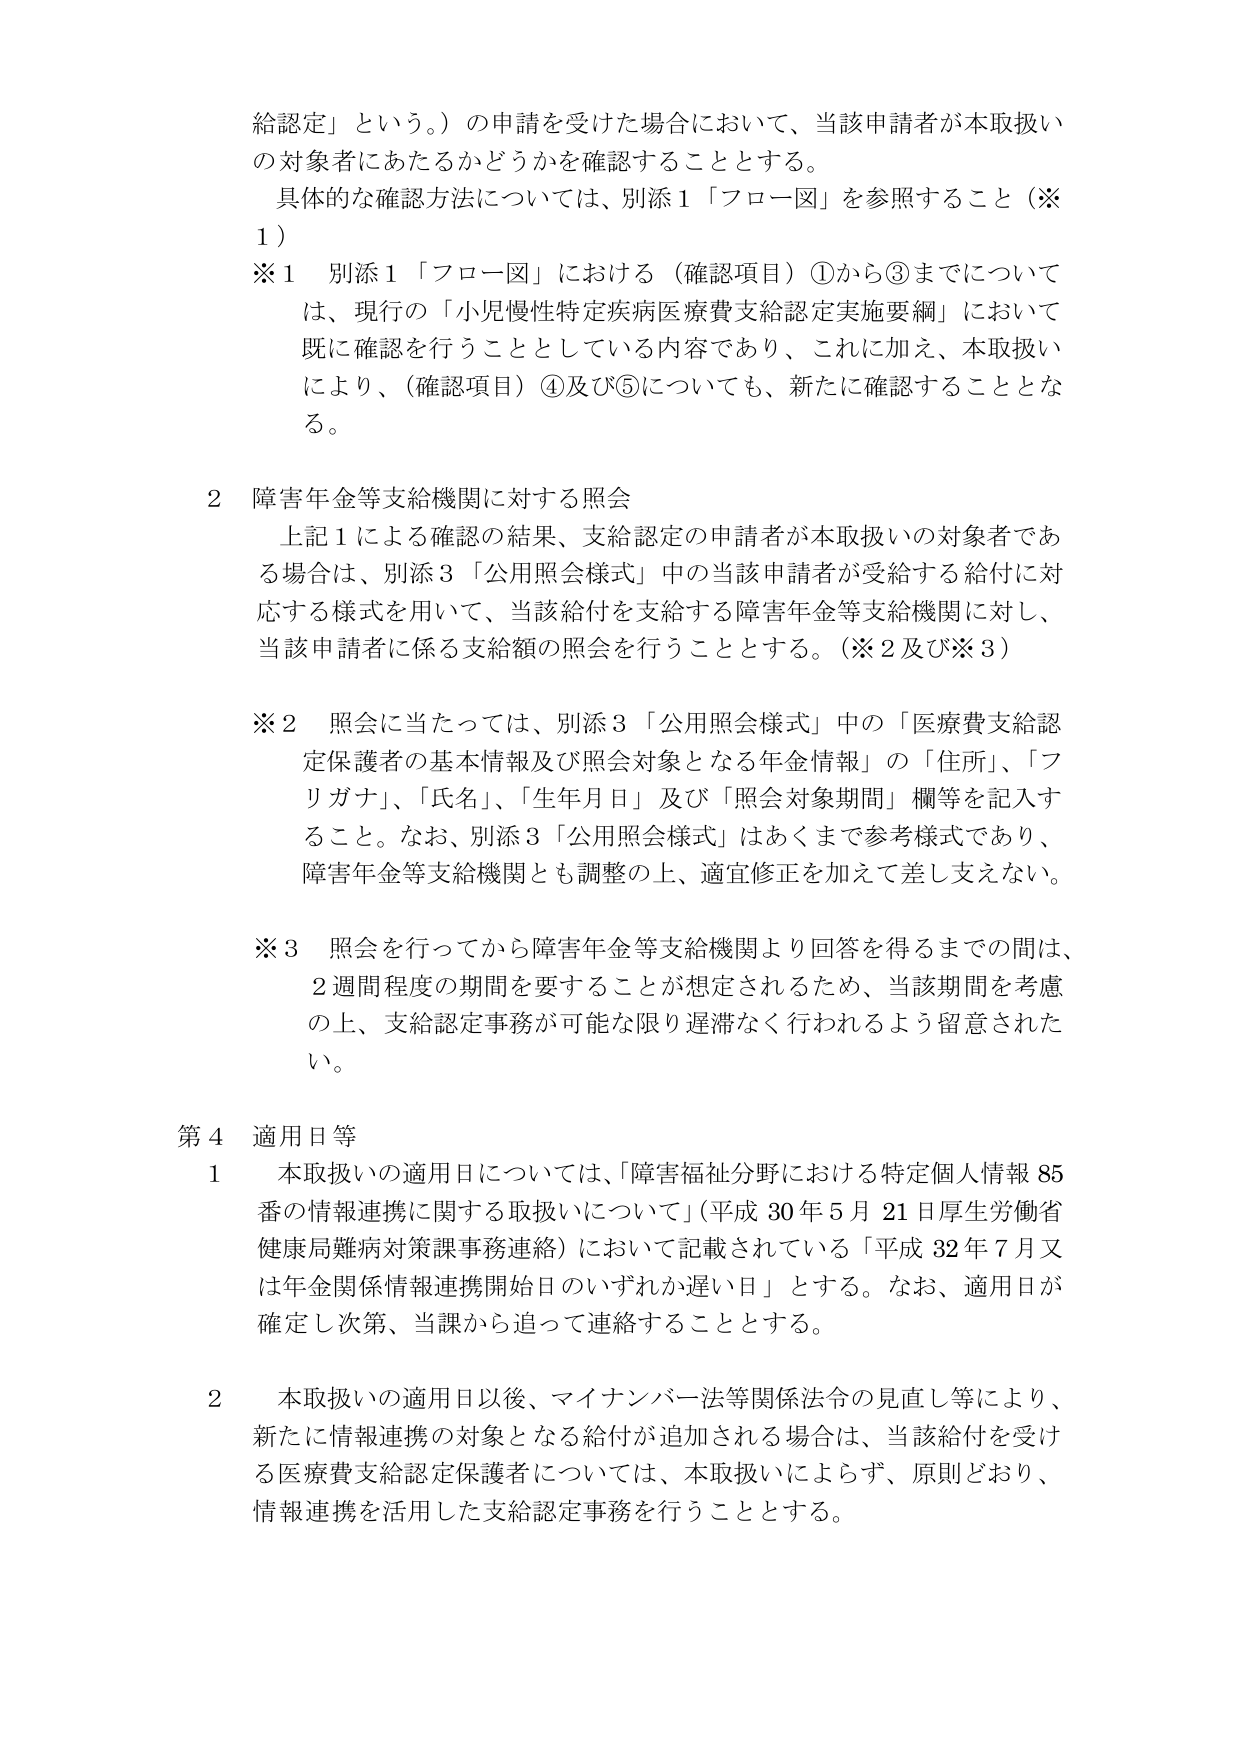
給認定」という。）の申請を受けた場合において、当該申請者が本取扱いの対象者にあたるかどうかを確認することとする。

具体的な確認方法については、別添１「フロー図」を参照すること（※１）

※１ 別添１「フロー図」における（確認項目）①から③までについては、現行の「小児慢性特定疾病医療費支給認定実施要綱」において既に確認を行うこととしている内容であり、これに加え、本取扱いにより、（確認項目）④及び⑤についても、新たに確認することとなる。

２ 障害年金等支給機関に対する照会

上記１による確認の結果、支給認定の申請者が本取扱いの対象者である場合は、別添３「公用照会様式」中の当該申請者が受給する給付に対応する様式を用いて、当該給付を支給する障害年金等支給機関に対し、当該申請者に係る支給額の照会を行うこととする。（※２及び※３）

※２ 照会に当たっては、別添３「公用照会様式」中の「医療費支給認定保護者の基本情報及び照会対象となる年金情報」の「住所」、「フリガナ」、「氏名」、「生年月日」及び「照会対象期間」欄等を記入すること。なお、別添３「公用照会様式」はあくまで参考様式であり、障害年金等支給機関とも調整の上、適宜修正を加えて差し支えない。

※３ 照会を行ってから障害年金等支給機関より回答を得るまでの間は、２週間程度の期間を要することが想定されるため、当該期間を考慮の上、支給認定事務が可能な限り遅滞なく行われるよう留意されたい。

第４ 適用日等

１ 本取扱いの適用日については、「障害福祉分野における特定個人情報85番の情報連携に関する取扱いについて」（平成30年5月21日厚生労働省健康局難病対策課事務連絡）において記載されている「平成32年7月又は年金関係情報連携開始日のいずれか遅い日」とする。なお、適用日が確定し次第、当課から追って連絡することとする。

２ 本取扱いの適用日以後、マイナンバー法等関係法令の見直し等により、新たに情報連携の対象となる給付が追加される場合は、当該給付を受ける医療費支給認定保護者については、本取扱いによらず、原則どおり、情報連携を活用した支給認定事務を行うこととする。